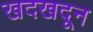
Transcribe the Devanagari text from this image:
खदखदून